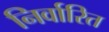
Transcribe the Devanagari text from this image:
निर्वारित